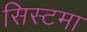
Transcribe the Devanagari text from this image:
सिस्टमा